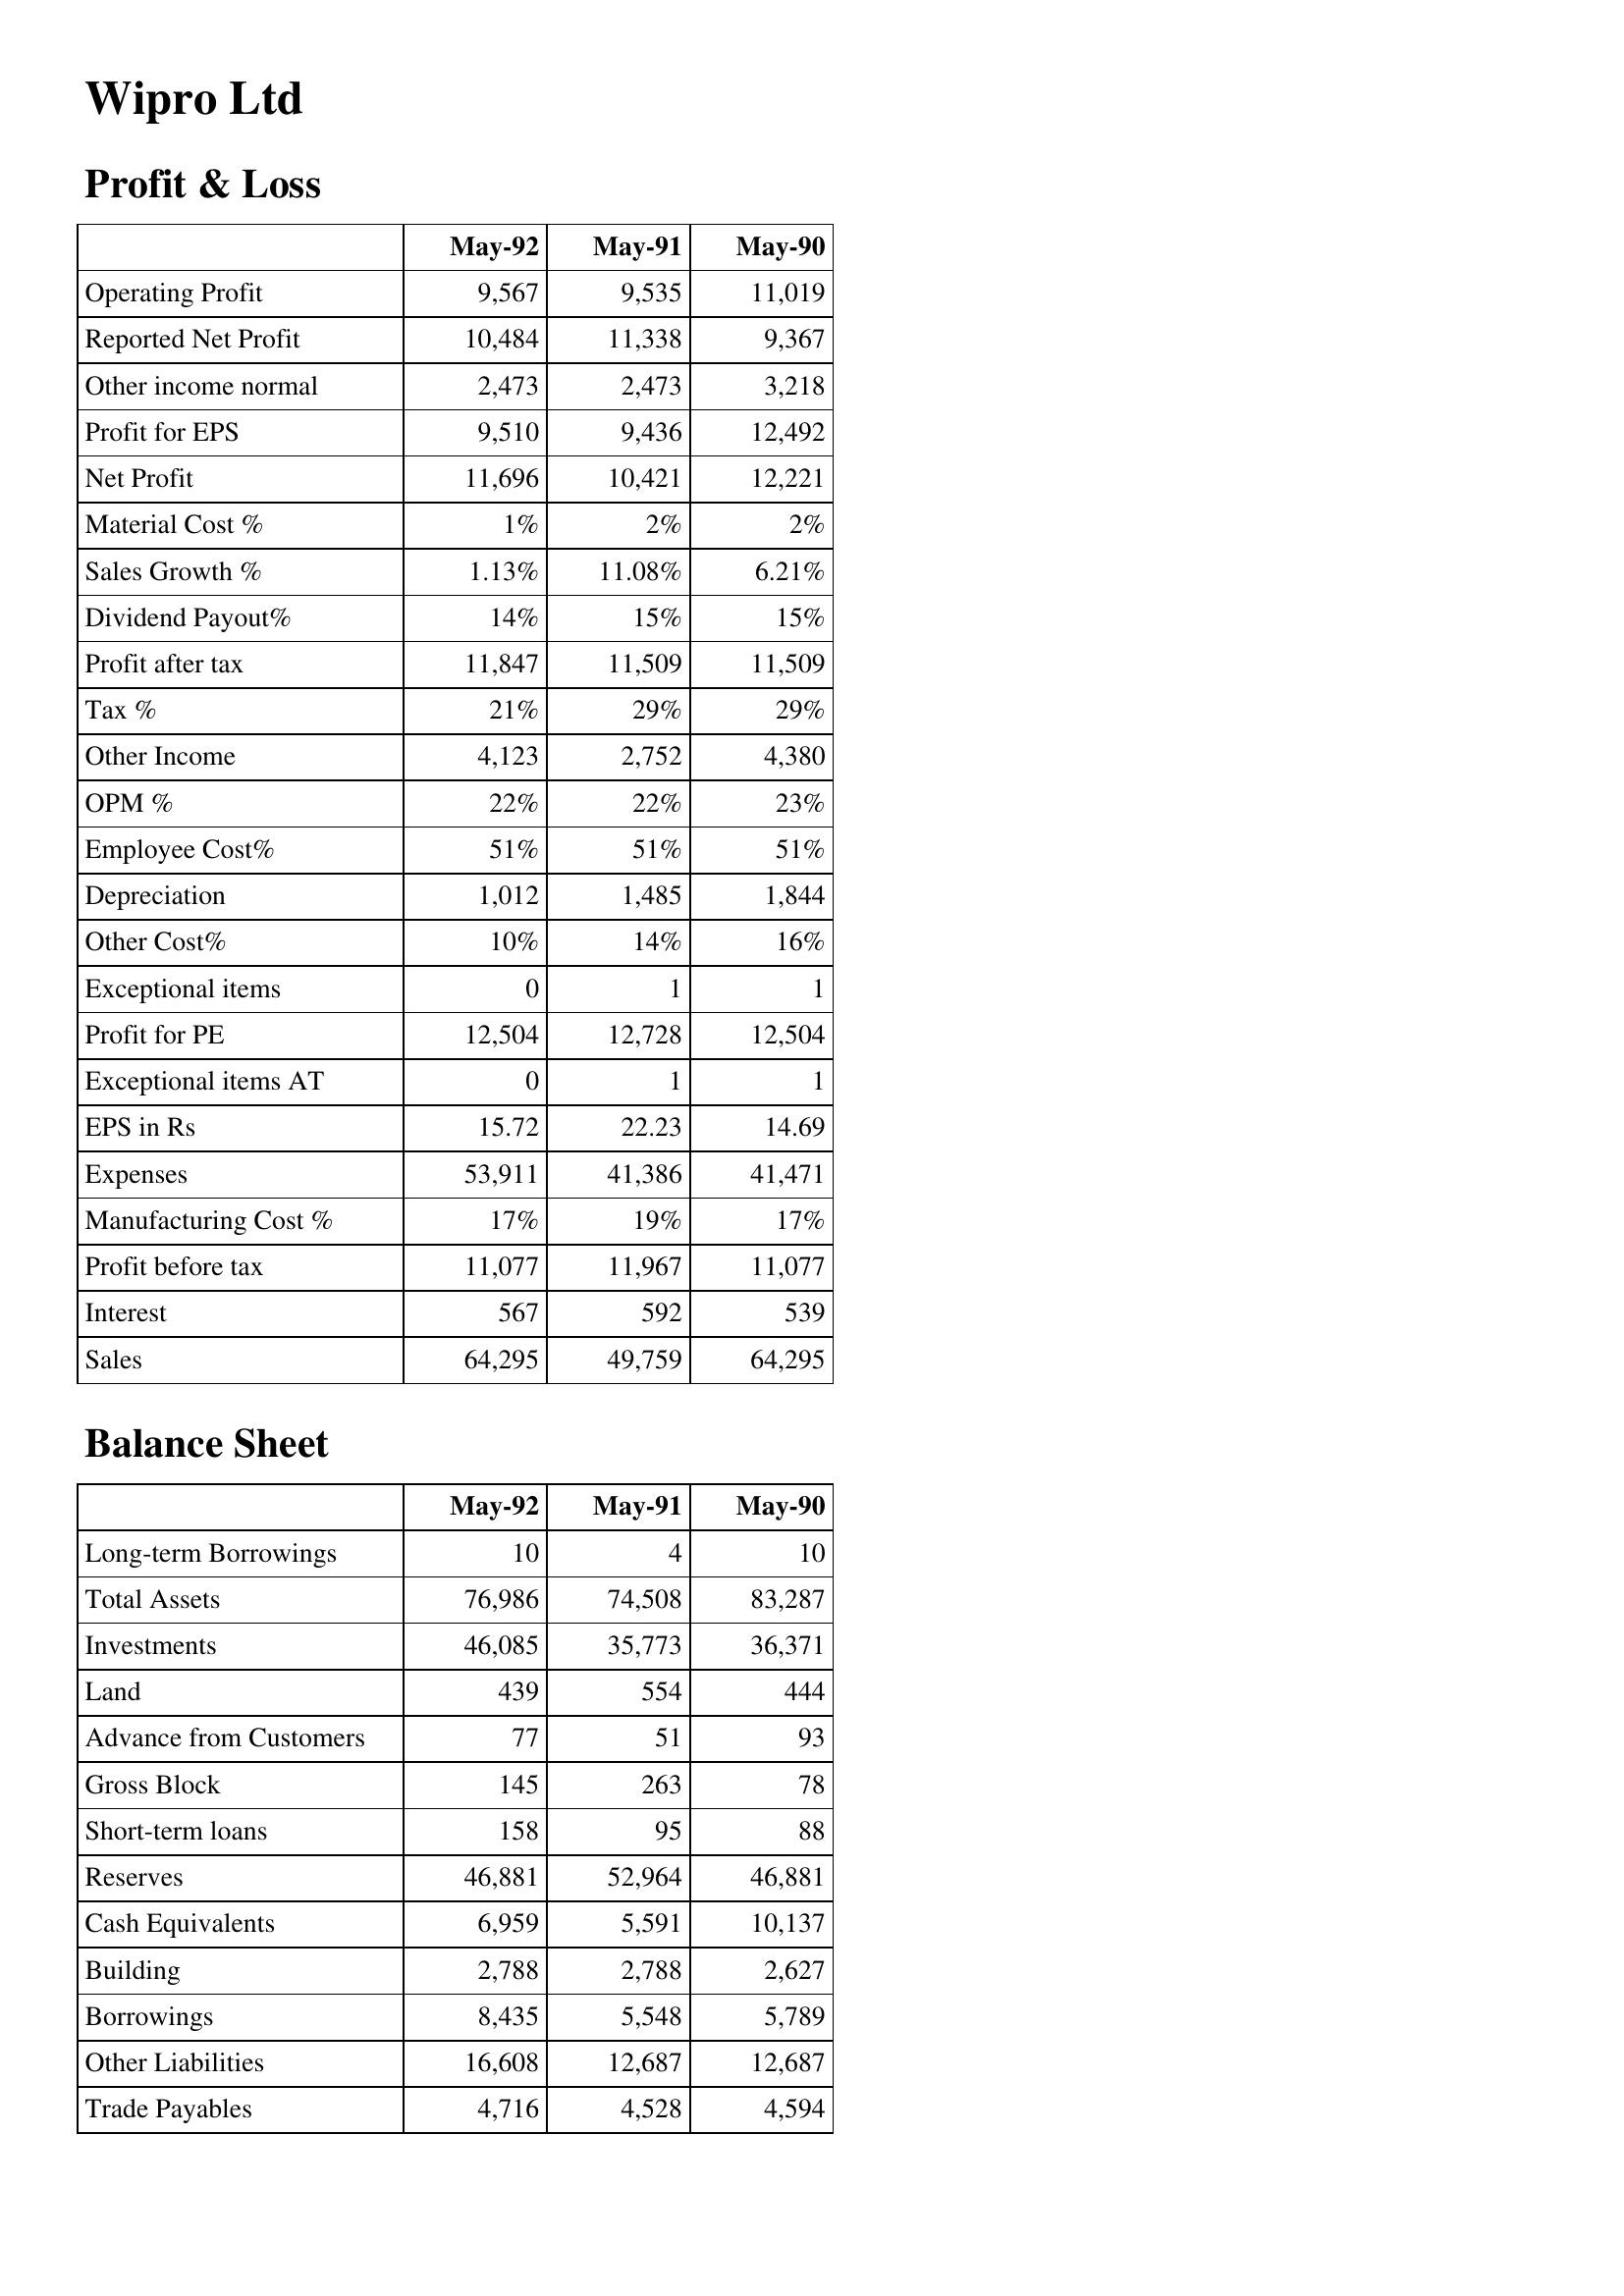
May-92: Profit & Loss: Operating Profit: 9,567
Reported Net Profit: 10,484
Other income normal: 2,473
Profit for EPS: 9,510
Net Profit: 11,696
Material Cost %: 1%
Sales Growth %: 1.13%
Dividend Payout%: 14%
Profit after tax: 11,847
Tax %: 21%
Other Income: 4,123
OPM %: 22%
Employee Cost%: 51%
Depreciation: 1,012
Other Cost%: 10%
Exceptional items: 0
Profit for PE: 12,504
Exceptional items AT: 0
EPS in Rs: 15.72
Expenses: 53,911
Manufacturing Cost %: 17%
Profit before tax: 11,077
Interest: 567
Sales: 64,295
Balance Sheet: Long-term Borrowings: 10
Total Assets: 76,986
Investments: 46,085
Land: 439
Advance from Customers: 77
Gross Block: 145
Short-term loans: 158
Reserves: 46,881
Cash Equivalents: 6,959
Building: 2,788
Borrowings: 8,435
Other Liabilities: 16,608
Trade Payables: 4,716
May-91: Profit & Loss: Operating Profit: 9,535
Reported Net Profit: 11,338
Other income normal: 2,473
Profit for EPS: 9,436
Net Profit: 10,421
Material Cost %: 2%
Sales Growth %: 11.08%
Dividend Payout%: 15%
Profit after tax: 11,509
Tax %: 29%
Other Income: 2,752
OPM %: 22%
Employee Cost%: 51%
Depreciation: 1,485
Other Cost%: 14%
Exceptional items: 1
Profit for PE: 12,728
Exceptional items AT: 1
EPS in Rs: 22.23
Expenses: 41,386
Manufacturing Cost %: 19%
Profit before tax: 11,967
Interest: 592
Sales: 49,759
Balance Sheet: Long-term Borrowings: 4
Total Assets: 74,508
Investments: 35,773
Land: 554
Advance from Customers: 51
Gross Block: 263
Short-term loans: 95
Reserves: 52,964
Cash Equivalents: 5,591
Building: 2,788
Borrowings: 5,548
Other Liabilities: 12,687
Trade Payables: 4,528
May-90: Profit & Loss: Operating Profit: 11,019
Reported Net Profit: 9,367
Other income normal: 3,218
Profit for EPS: 12,492
Net Profit: 12,221
Material Cost %: 2%
Sales Growth %: 6.21%
Dividend Payout%: 15%
Profit after tax: 11,509
Tax %: 29%
Other Income: 4,380
OPM %: 23%
Employee Cost%: 51%
Depreciation: 1,844
Other Cost%: 16%
Exceptional items: 1
Profit for PE: 12,504
Exceptional items AT: 1
EPS in Rs: 14.69
Expenses: 41,471
Manufacturing Cost %: 17%
Profit before tax: 11,077
Interest: 539
Sales: 64,295
Balance Sheet: Long-term Borrowings: 10
Total Assets: 83,287
Investments: 36,371
Land: 444
Advance from Customers: 93
Gross Block: 78
Short-term loans: 88
Reserves: 46,881
Cash Equivalents: 10,137
Building: 2,627
Borrowings: 5,789
Other Liabilities: 12,687
Trade Payables: 4,594